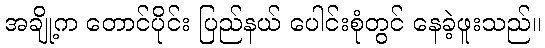
အချို့က တောင်ပိုင်း ပြည်နယ် ပေါင်းစုံတွင် နေခဲ့ဖူးသည်။